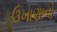
ઉખાણાનો